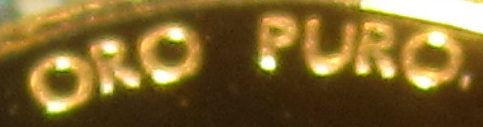
ORO PURO